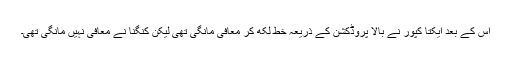
اس کے بعد ایکتا کپور نے بالا پروڈکشن کے ذریعہ خط لکھ کر معافی مانگی تھی لیکن کنگنا نے معافی نہیں مانگی تھی۔